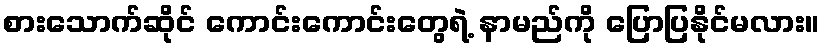
စားသောက်ဆိုင် ကောင်းကောင်းတွေရဲ့ နာမည်ကို ပြောပြနိုင်မလား။